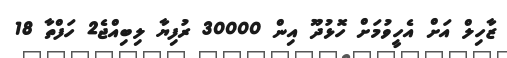
ޒާހިލް އަށް އެހީވުމަށް ހޮޅުދޫ އިން 30000 ރުފިޔާ ލިބިއްޖެ2 ހަފްތާ 18